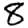
Digit: 8